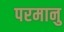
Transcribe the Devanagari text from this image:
परमानु